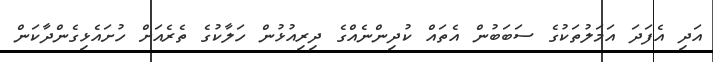
އަދި އެފަދަ އަމަލުތަކުގެ ސަބަބުން އެތައް ކުދިންނެއްގެ ދިރިއުޅުން ހަލާކުގެ ތެރެއަށް ހުށައެޅިގެންދާކަން